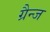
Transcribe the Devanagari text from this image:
ग्रैन्ज